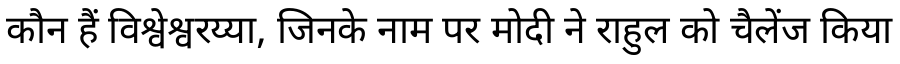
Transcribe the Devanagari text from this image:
कौन हैं विश्वेश्वरय्या, जिनके नाम पर मोदी ने राहुल को चैलेंज किया